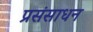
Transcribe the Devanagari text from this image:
प्रसंसाधन